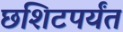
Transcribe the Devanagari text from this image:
छशिटपर्यंत